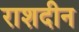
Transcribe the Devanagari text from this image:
राशदीन